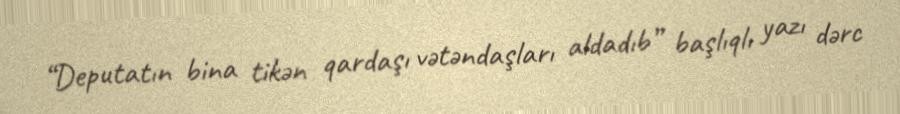
“Deputatın bina tikən qardaşı vətəndaşları aldadıb” başlıqlı yazı dərc